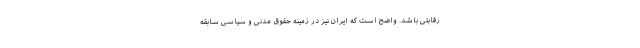
رقابتی باشد. واضح است که ایران نیز در زمینه حقوق مدنی و سیاسی سابقه